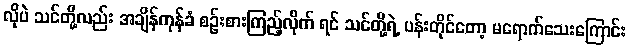
လိုပဲ သင်တို့လည်း အချိန်ကုန်ခံ စဉ်းစားကြည့်လိုက် ရင် သင်တို့ရဲ့ ပန်းတိုင်တော့ မရောက်သေးကြောင်း